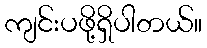
ကျင်းပဖို့ရှိပါတယ်။